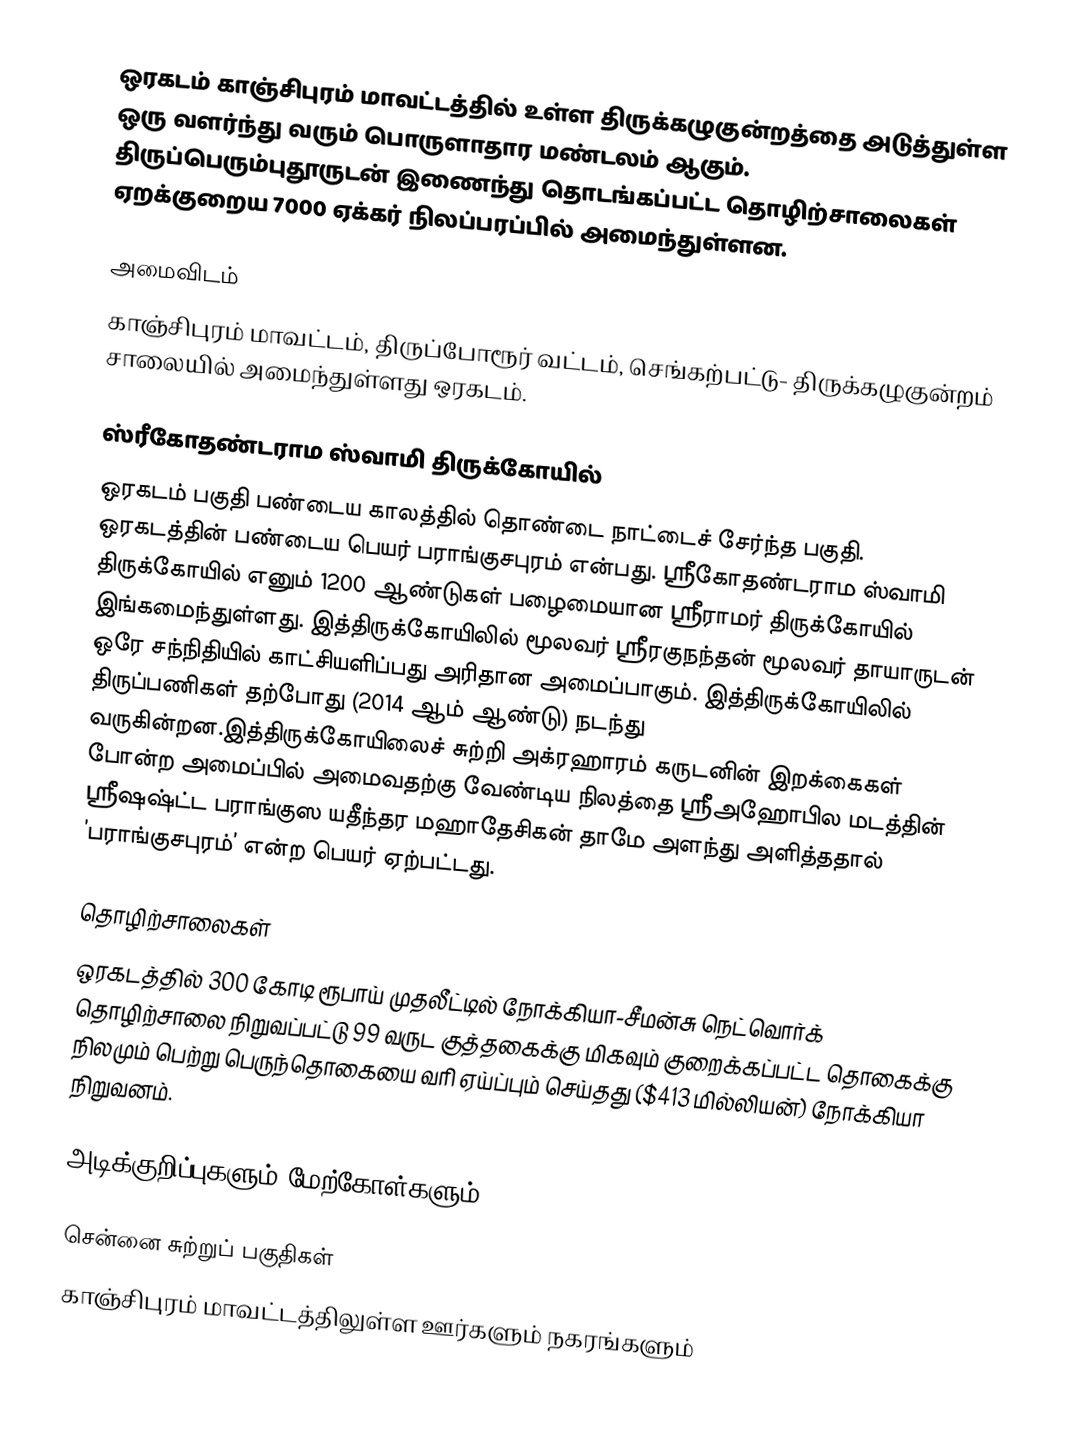
ஒரகடம் காஞ்சிபுரம் மாவட்டத்தில் உள்ள திருக்கழுகுன்றத்தை அடுத்துள்ள ஒரு வளர்ந்து வரும் பொருளாதார மண்டலம் ஆகும். திருப்பெரும்புதூருடன் இணைந்து தொடங்கப்பட்ட தொழிற்சாலைகள் ஏறக்குறைய 7000 ஏக்கர் நிலப்பரப்பில் அமைந்துள்ளன.

அமைவிடம்
காஞ்சிபுரம் மாவட்டம், திருப்போரூர் வட்டம், செங்கற்பட்டு- திருக்கழுகுன்றம் சாலையில் அமைந்துள்ளது ஒரகடம்.

ஸ்ரீகோதண்டராம ஸ்வாமி திருக்கோயில்
ஒரகடம் பகுதி பண்டைய காலத்தில் தொண்டை நாட்டைச் சேர்ந்த பகுதி. ஒரகடத்தின் பண்டைய பெயர் பராங்குசபுரம் என்பது. ஸ்ரீகோதண்டராம ஸ்வாமி திருக்கோயில் எனும் 1200 ஆண்டுகள் பழைமையான ஸ்ரீராமர் திருக்கோயில் இங்கமைந்துள்ளது. இத்திருக்கோயிலில் மூலவர் ஸ்ரீரகுநந்தன் மூலவர் தாயாருடன் ஒரே சந்நிதியில் காட்சியளிப்பது அரிதான அமைப்பாகும். இத்திருக்கோயிலில் திருப்பணிகள் தற்போது (2014 ஆம் ஆண்டு) நடந்து வருகின்றன.இத்திருக்கோயிலைச் சுற்றி அக்ரஹாரம் கருடனின் இறக்கைகள் போன்ற அமைப்பில் அமைவதற்கு வேண்டிய நிலத்தை ஸ்ரீஅஹோபில மடத்தின் ஸ்ரீஷஷ்ட்ட பராங்குஸ யதீந்தர மஹாதேசிகன் தாமே அளந்து அளித்ததால் ’பராங்குசபுரம்’ என்ற பெயர் ஏற்பட்டது.

தொழிற்சாலைகள்
ஒரகடத்தில் 300 கோடி ரூபாய் முதலீட்டில் நோக்கியா-சீமன்சு நெட்வொர்க் தொழிற்சாலை நிறுவப்பட்டு 99 வருட குத்தகைக்கு மிகவும் குறைக்கப்பட்ட தொகைக்கு நிலமும் பெற்று பெருந்தொகையை வரி ஏய்ப்பும் செய்தது ($413 மில்லியன்) நோக்கியா நிறுவனம்.

அடிக்குறிப்புகளும் மேற்கோள்களும்

சென்னை சுற்றுப் பகுதிகள்
காஞ்சிபுரம் மாவட்டத்திலுள்ள ஊர்களும் நகரங்களும்